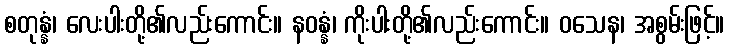
စတုန္နံ၊ လေးပါးတို့၏လည်းကောင်း။ နဝန္နံ၊ ကိုးပါးတို့၏လည်းကောင်း။ ဝသေန၊ အစွမ်းဖြင့်။